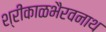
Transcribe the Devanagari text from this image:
श्रीकाळभैरवनाथ